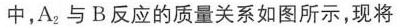
中，A_{2}与B反应的质量关系如图所示，现将